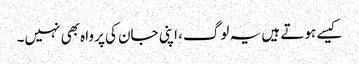
کیسے ہوتے ہیں یہ لوگ، اپنی جان کی پرواہ بھی نہیں۔